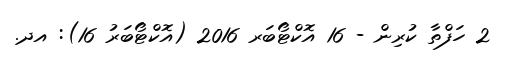
2 ހަފްތާ ކުރިން - 16 އޮކްޓޯބަރ 2016 (އޮކްޓޯބަރު 16): އދ.